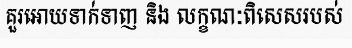
គួរអោយទាក់ទាញ និង លក្ខណៈពិសេសរបស់